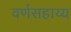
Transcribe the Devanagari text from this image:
वर्णसहाय्य